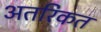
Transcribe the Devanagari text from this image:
अतरिकत